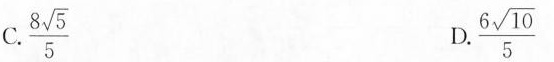
C. $$\frac{ 8 \sqrt{ 5 }}{ 5 }$$ $$\frac{ 6 \sqrt{ 10 }}{ 5 }$$